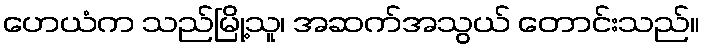
ဟေယံက သည်မြို့သူ၊ အဆက်အသွယ် တောင်းသည်။